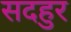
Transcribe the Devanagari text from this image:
सदहुर